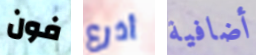
فون أذرع أضافية